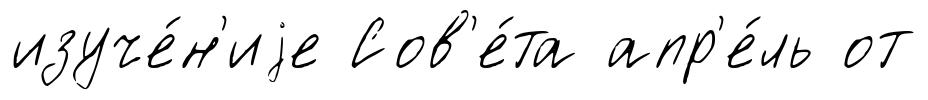
изуче́н'иjе Сов'е́та апр'е́ль от